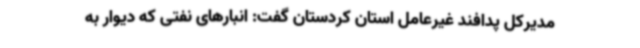
مدیرکل پدافند غیرعامل استان کردستان گفت: انبارهای نفتی که دیوار به